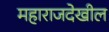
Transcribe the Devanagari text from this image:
महाराजदेखील